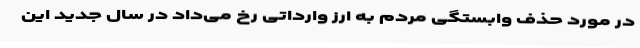
در مورد حذف وابستگی مردم به ارز وارداتی رخ می‌داد در سال جدید این